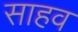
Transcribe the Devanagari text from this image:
साहव